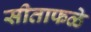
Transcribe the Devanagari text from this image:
सीताफळे